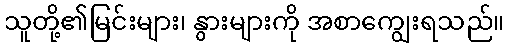
သူတို့၏မြင်းများ၊ နွားများကို အစာကျွေးရသည်။